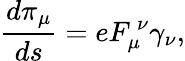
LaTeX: \frac{d\pi_{\mu}}{ds}=eF_{\mu}^{\ \nu}\gamma_{\nu},